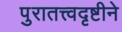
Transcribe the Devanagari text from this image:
पुरातत्त्वदृष्टीने